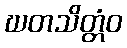
ဃတသိတ္တံဝ